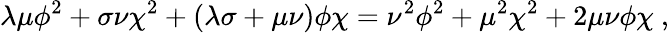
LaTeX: \lambda\mu\phi^{2}+\sigma\nu\chi^{2}+(\lambda\sigma+\mu\nu)\phi\chi=\nu^{2}\phi^{2}+\mu^{2}\chi^{2}+2\mu\nu\phi\chi~,